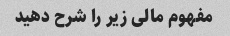
مفهوم مالی زیر را شرح دهید